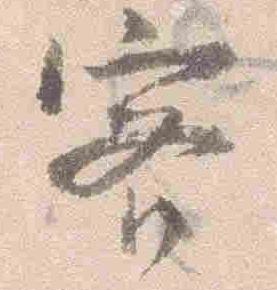
客